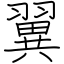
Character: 翼